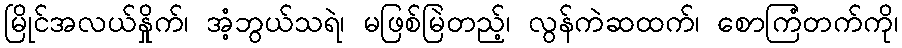
မြိုင်အလယ်နှိုက်၊ အံ့ဘွယ်သရဲ၊ မဖြစ်မြဲတည့်၊ လွန်ကဲဆထက်၊ စောကြံတက်ကို၊